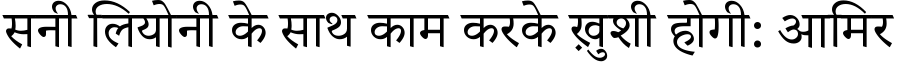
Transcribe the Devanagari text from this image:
सनी लियोनी के साथ काम करके ख़ुशी होगी: आमिर